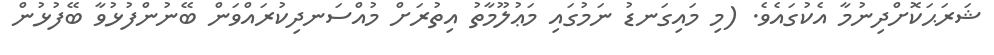
ޝަރަޙަކޮށްދިނުމާ އެކުގައެވެ. (މި މައިގަނޑު ނަމުގައި މަޢުލޫމާތު އިތުރަށް މުއްސަނދިކުރައްވަން ބޭނުންފުޅުވާ ބޭފުޅުން